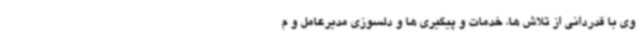
وی با قدردانی از تلاش ها، خدمات و پیگیری ها و دلسوزی مدیرعامل و م